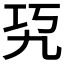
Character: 𰏉